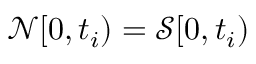
\mathcal { N } [ 0 , t _ { i } ) = \mathcal { S } [ 0 , t _ { i } )